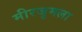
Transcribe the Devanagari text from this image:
मीरजुमला